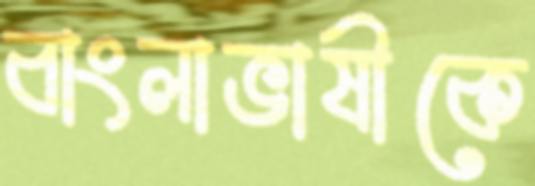
বাংলাভাষীকে